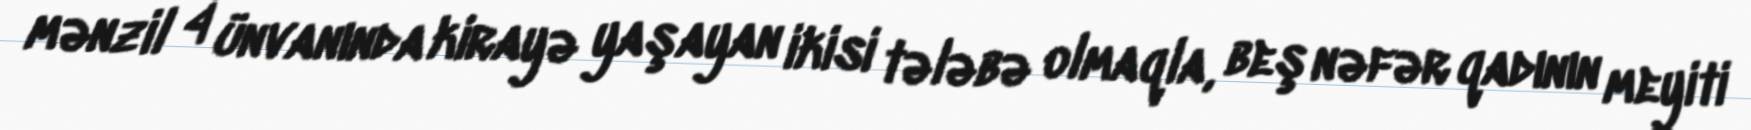
mənzil 4 ünvanında kirayə yaşayan ikisi tələbə olmaqla, beş nəfər qadının meyiti